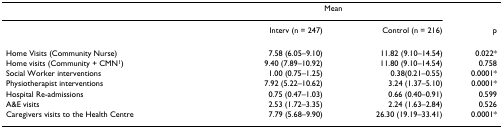
<table><thead><tr><td></td><td colspan="2"><b>Mean</b></td><td></td></tr><tr><td></td><td><b>Interv (n = 247)</b></td><td><b>Control (n = 216)</b></td><td><b>p</b></td></tr></thead><tbody><tr><td>Home Visits (Community Nurse)</td><td>7.58 (6.05–9.10)</td><td>11.82 (9.10–14.54)</td><td>0.022*</td></tr><tr><td>Home visits (Community + CMN<sup>1</sup>)</td><td>9.40 (7.89–10.92)</td><td>11.80 (9.10–14.54)</td><td>0.758</td></tr><tr><td>Social Worker interventions</td><td>1.00 (0.75–1.25)</td><td>0.38(0.21–0.55)</td><td>0.0001*</td></tr><tr><td>Physiotherapist interventions</td><td>7.92 (5.22–10.62)</td><td>3.24 (1.37–5.10)</td><td>0.0001*</td></tr><tr><td>Hospital Re-admissions</td><td>0.75 (0.47–1.03)</td><td>0.66 (0.40–0.91)</td><td>0.599</td></tr><tr><td>A&amp;E visits</td><td>2.53 (1.72–3.35)</td><td>2.24 (1.63–2.84)</td><td>0.526</td></tr><tr><td>Caregivers visits to the Health Centre</td><td>7.79 (5.68–9.90)</td><td>26.30 (19.19–33.41)</td><td>0.0001*</td></tr></tbody></table>